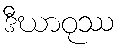
ဒီဃာဝုဿ